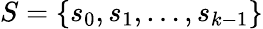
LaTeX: S=\{ s_{0},s_{1},\ldots,s_{k-1}\}